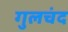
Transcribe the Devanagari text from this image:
गुलचंद